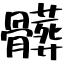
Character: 髒